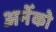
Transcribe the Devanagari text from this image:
अनेँको